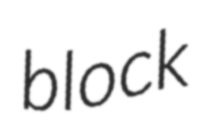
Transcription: block